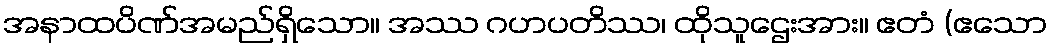
အနာထပိဏ်အမည်ရှိသော။ အဿ ဂဟပတိဿ၊ ထိုသူဌေးအား။ ဧတံ (ဧသော